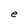
Character: S